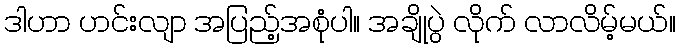
ဒါဟာ ဟင်းလျာ အပြည့်အစုံပါ။ အချိုပွဲ လိုက် လာလိမ့်မယ်။